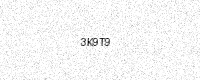
Text: 3K9T9